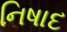
નિષાદ